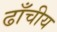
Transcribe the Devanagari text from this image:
ढाँचीय